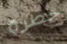
خطرة